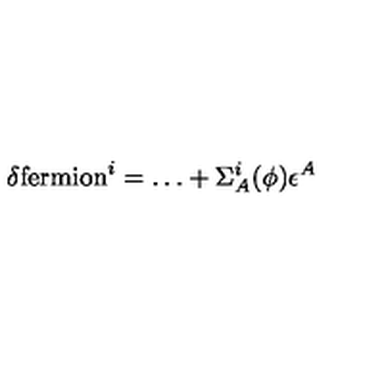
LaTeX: \delta \mathrm { f e r m i o n } ^ { i } = \dots + \Sigma _ { A } ^ { i } ( \phi ) \epsilon ^ { A }